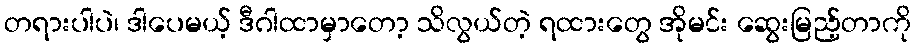
တရားပါပဲ၊ ဒါပေမယ့် ဒီဂါထာမှာတော့ သိလွယ်တဲ့ ရထားတွေ အိုမင်း ဆွေးမြည့်တာကို